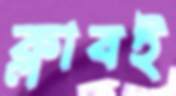
ক্লাবই